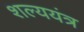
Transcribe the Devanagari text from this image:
शल्ययंत्र